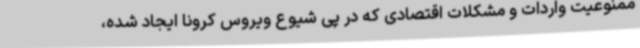
ممنوعیت واردات و مشکلات اقتصادی که در پی شیوع ویروس کرونا ایجاد شده،